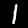
Digit: 1